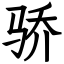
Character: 骄